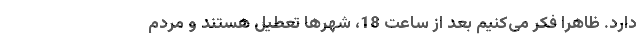
دارد. ظاهراً فکر می‌کنیم بعد از ساعت 18، شهرها تعطیل هستند و مردم